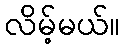
လိမ့်မယ်။